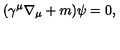
( \gamma ^ { \mu } \nabla _ { \mu } + m ) \psi = 0 ,